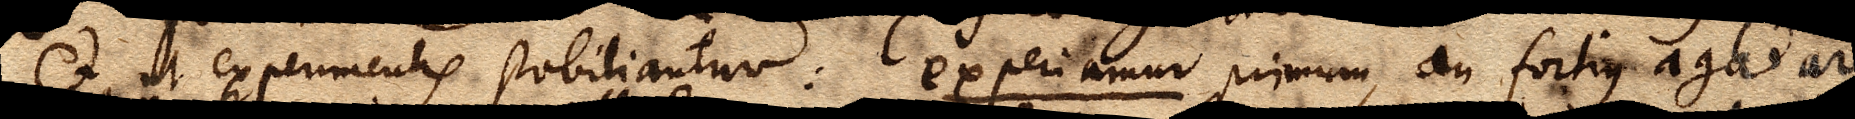
et ut experimentis stabiliantur: experiamur pmimum, an fortius agat arcus si